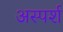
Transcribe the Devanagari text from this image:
अस्पर्श